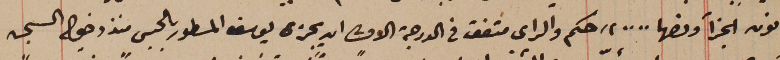
قانون الجزأ ونصها .. .." حكم والراى متفق فى الدرجة الاولى ان يجزى يوسف المسطور بالحبس منذ دخوله السجن